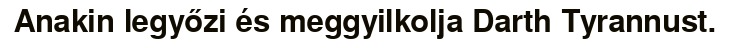
Anakin legyőzi és meggyilkolja Darth Tyrannust.